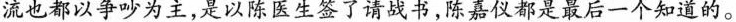
流也都以争吵为主，是以陈医生签了请战书，陈嘉仪都是最后一个知道的。